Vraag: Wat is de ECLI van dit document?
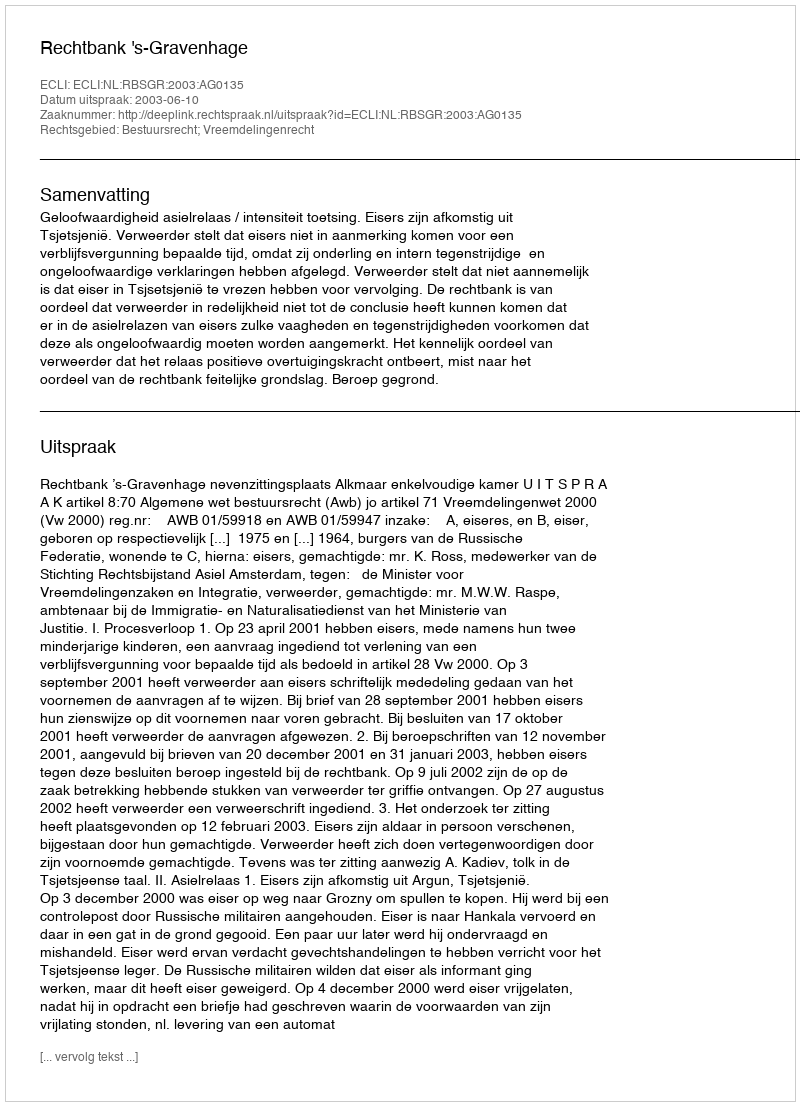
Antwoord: ECLI:NL:RBSGR:2003:AG0135